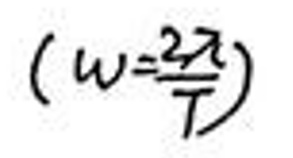
$( w = \frac { 2 \pi } { T } )$